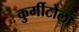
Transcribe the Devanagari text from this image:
कुर्मीटोला